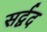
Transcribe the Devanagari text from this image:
सर्द्वद